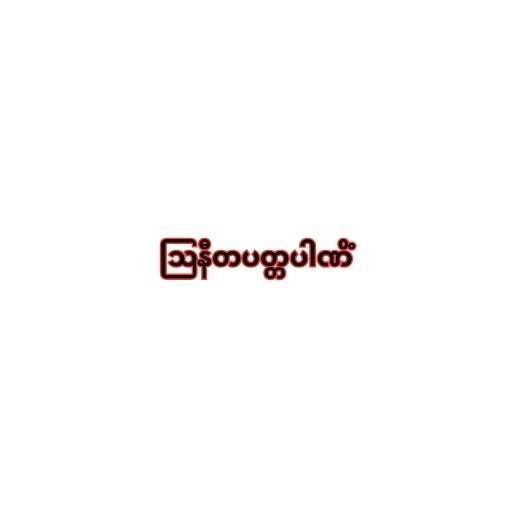
ဩနီတပတ္တပါဏိံ